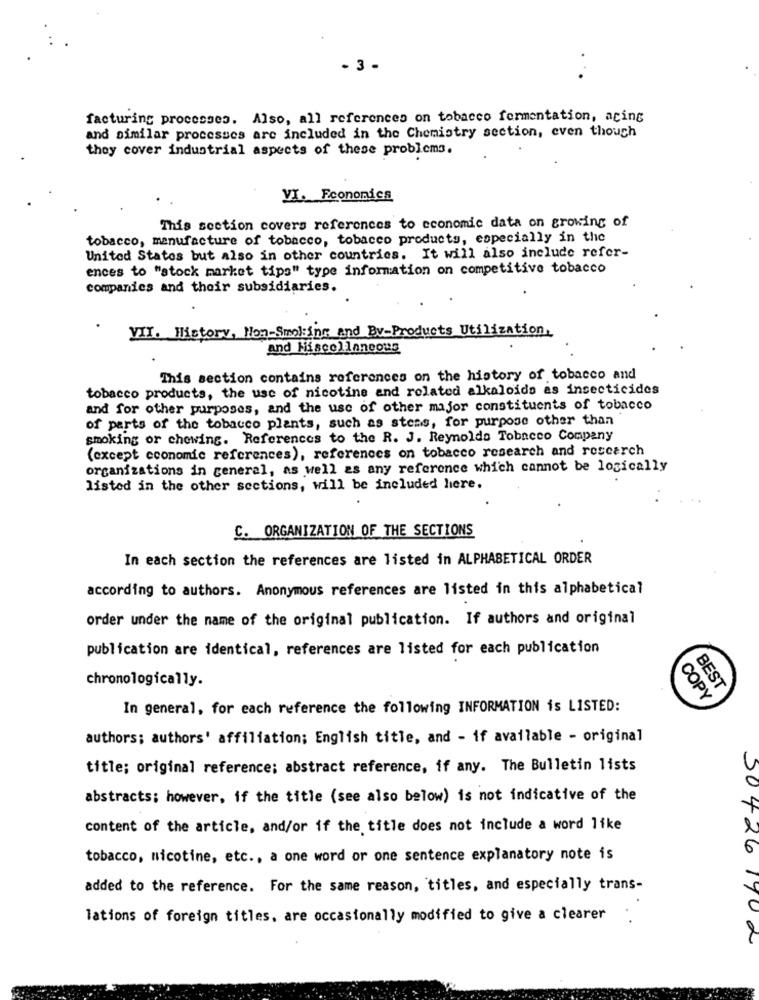
- 3 -
facturing processes. Also, all references on tobacco fermentation, acing
and similar processes are included in the Chemistry section, even though
they cover industrial aspects of these problems.
VI. Economica
This section covers references to economic data on growing of
tobacco, manufacture of tobacco, tobacco products, especially in the
United States but also in other countries. It will also include refer-
ences to "stock market tips" type information on competitive tobacco
companies and their subsidiaries.
VII. History, Non-Smoking and By-Products Utilization.
and Miscellaneous
This section contains references on the history of tobacco and
tobacco products, the use of nicotine and related alkaloids as insecticides
and for other purposes, and the use of other major constituents of tobacco
of parts of the tobacco plants, such as stens, for purpose other than
smoking or chewing. References to the R. J. Reynolds Tobacco Company
(except economic references), references on tobacco research and research
organizations in general, as well as any reference which cannot be logically
listed in the other sections, will be included here.
C. ORGANIZATION OF THE SECTIONS
In each section the references are listed in ALPHABETICAL ORDER
according to authors. Anonymous references are listed in this alphabetical
order under the name of the original publication. If authors and original
publication are identical, references are listed for each publication
chronologically.
BEST
COPY
In general, for each reference the following INFORMATION is LISTED:
authors; authors' affiliation; English title, and - if available - original
title; original reference; abstract reference, if any. The Bulletin lists
abstracts; however, if the title (see also below) is not indicative of the
content of the article, and/or if the title does not include a word like
6
tobacco, nicotine, etc ., a one word or one sentence explanatory note is
-
added to the reference. For the same reason, titles, and especially trans-
lations of foreign titles, are occasionally modified to give a clearer
30426 1902